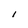
Character: l